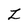
Character: z